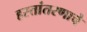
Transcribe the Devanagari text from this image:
हस्तांतरणाचे